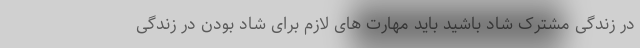
در زندگی مشترک شاد باشید باید مهارت های لازم برای شاد بودن در زندگی